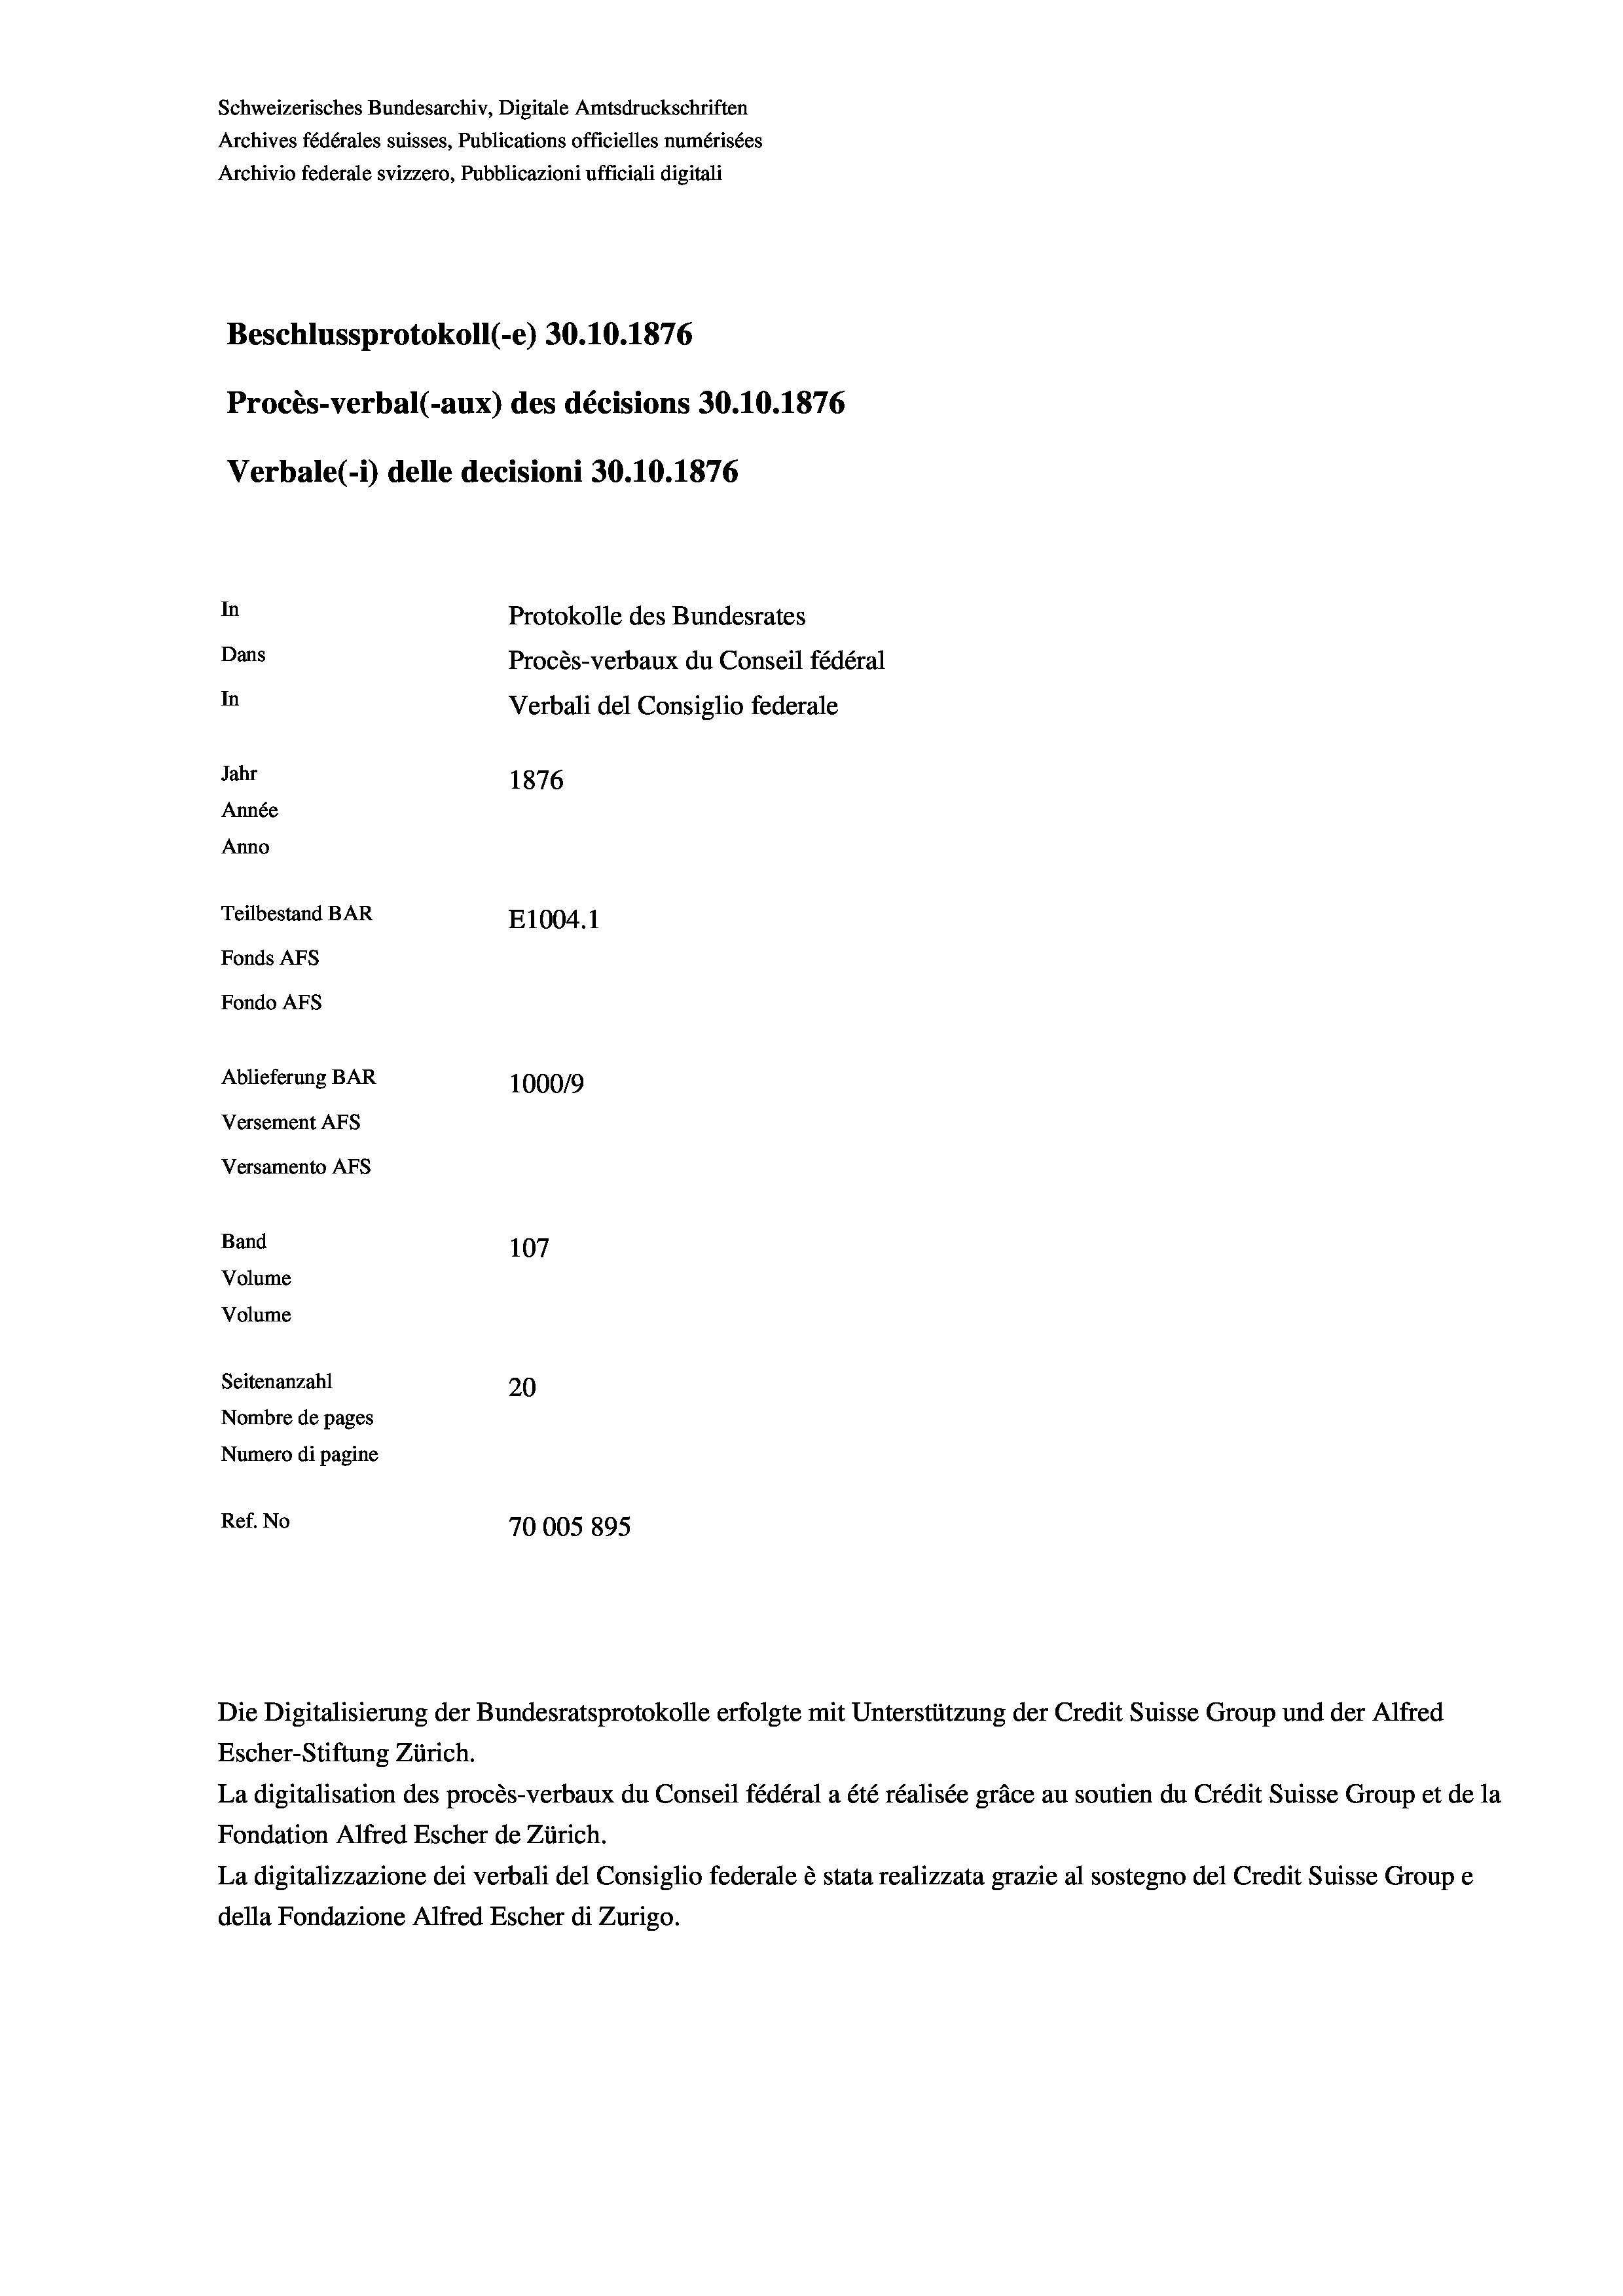
Schweizerisches Bundesarchiv, Digitale Amtsdruckschriften
Archives fédérales suisses, Publications officielles numérisées
Archivio federale svizzero, Pubblicazioni ufficiali digitali
Beschlussprotokoll (-e) 30.10.1876
Procès-verbal (-aux) des décisions 30.10.1876
Verbale (1) delle decisioni 30.10.1876
In
Protokolle des Bundesrates
Dans
Procès-verbaux du Conseil fédéral
In
Verbali del Consiglio federale
Jahr
1876
Année
Anno
Teilbestand BAR
E1004. 1
Fonds AFs
Fondo AFs
Ablieferung BAR
1000/9
Versement Abs

Versamento AFs
Band
Volume

107
Volume
Seitenanzahl
20
Nombre de pages
Numero di pagine
Ref. No
70005 895

Escher-Stiftung Zürich.
La digitalisation des procès-verbaux du Conseil fédéral a été réalisée gräce au soutien du Crédit Suisse Group et de la
Fondation Alfred Escher de Zürich.
La digitalizzazione dei verbali del Consiglio federale è stata realizzata grazie al sostegno del Credit Suisse Groupe
della Fondazione Alfred Escher di Zurigo.

Die Digitalisierung der Bundesratsprotokolle erfolgte mit Unterstützung der Credit Suisse Group und der Alfred